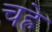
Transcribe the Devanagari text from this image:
चह्रे